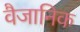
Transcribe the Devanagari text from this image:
वैजानिक